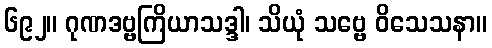
၆၉၂။ ဂုဏဒဗ္ဗကြိယာသဒ္ဒါ၊ သိယုံ သဗ္ဗေ ဝိသေသနာ။